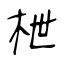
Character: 枻